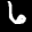
Label: 6